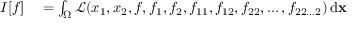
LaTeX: \begin{array} { r l } { I [ f ] } & { { } = \int _ { \Omega } { \mathcal { L } } ( x _ { 1 } , x _ { 2 } , f , f _ { 1 } , f _ { 2 } , f _ { 1 1 } , f _ { 1 2 } , f _ { 2 2 } , \dots , f _ { 2 2 \dots 2 } ) \, \mathrm { d } \mathbf { x } } \end{array}